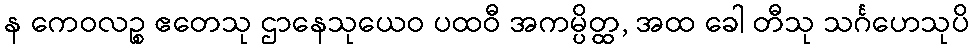
န ကေဝလဉ္စ ဧတေသု ဌာနေသုယေဝ ပထဝီ အကမ္ပိတ္ထ, အထ ခေါ တီသု သင်္ဂဟေသုပိ